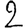
Digit: 2